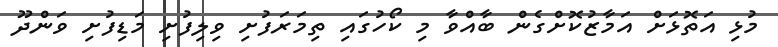
މުޅި އަތޮޅަށް އަމާޒުކޮށްގެން ބާއްވާ މި ކޯހުގައި ތިމަރަފުށި ވިލިފުށި މަޑިފުށި ވަންދޫ